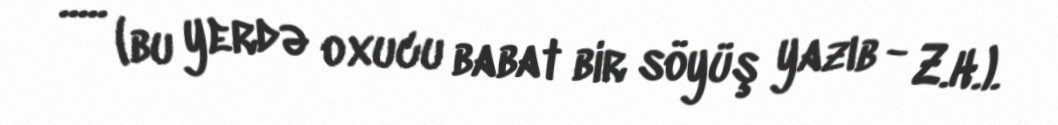
..... (bu yerdə oxucu babat bir söyüş yazıb - Z.H.).